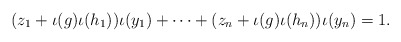
\begin{align*}(z_1+\iota(g) \iota(h_1))\iota(y_1)+\cdots+ (z_n+\iota(g) \iota(h_n))\iota(y_n)=1 .\end{align*}